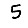
Digit: 5